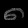
Digit: ၈